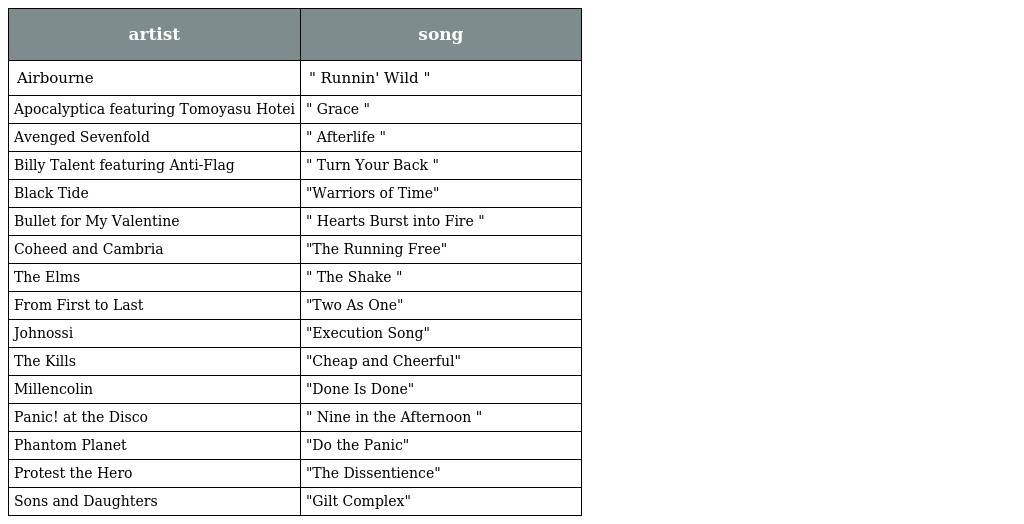
| artist | song |
 | --- | --- |
 | Airbourne | " Runnin' Wild " |
 | Apocalyptica featuring Tomoyasu Hotei | " Grace " |
 | Avenged Sevenfold | " Afterlife " |
 | Billy Talent featuring Anti-Flag | " Turn Your Back " |
 | Black Tide | "Warriors of Time" |
 | Bullet for My Valentine | " Hearts Burst into Fire " |
 | Coheed and Cambria | "The Running Free" |
 | The Elms | " The Shake " |
 | From First to Last | "Two As One" |
 | Johnossi | "Execution Song" |
 | The Kills | "Cheap and Cheerful" |
 | Millencolin | "Done Is Done" |
 | Panic! at the Disco | " Nine in the Afternoon " |
 | Phantom Planet | "Do the Panic" |
 | Protest the Hero | "The Dissentience" |
 | Sons and Daughters | "Gilt Complex" |